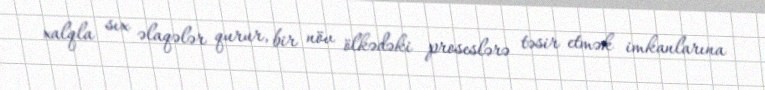
xalqla sıx əlaqələr qurur, bir növ ölkədəki proseslərə təsir etmək imkanlarına